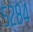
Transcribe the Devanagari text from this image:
५२८४